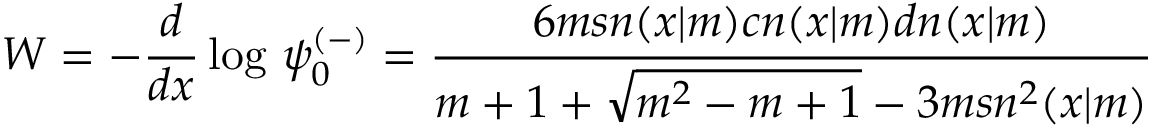
W = - { \frac { d } { d x } } \log \, \psi _ { 0 } ^ { ( - ) } = { \frac { 6 m s n ( x | m ) c n ( x | m ) d n ( x | m ) } { m + 1 + \sqrt { m ^ { 2 } - m + 1 } - 3 m s n ^ { 2 } ( x | m ) } }